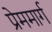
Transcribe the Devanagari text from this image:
प्रेममार्ग